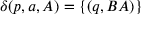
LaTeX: \delta ( p , a , A ) = \{ ( q , B A ) \}